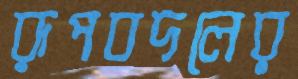
রূপবদলের